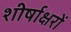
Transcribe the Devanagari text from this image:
शीर्षाक्षरों